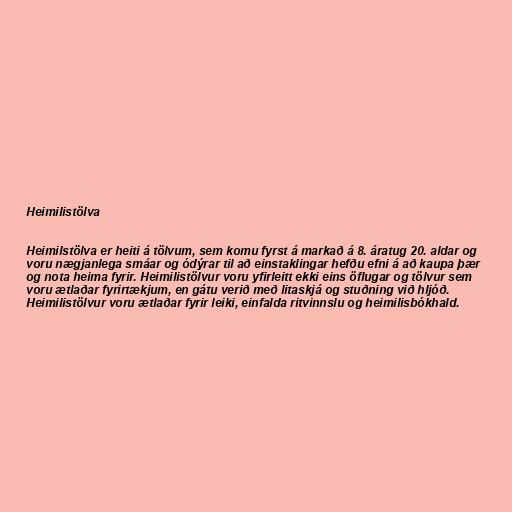
Heimilistölva

Heimilstölva er heiti á tölvum, sem komu fyrst á markað á 8. áratug 20. aldar og
voru nægjanlega smáar og ódýrar til að einstaklingar hefðu efni á að kaupa þær
og nota heima fyrir. Heimilistölvur voru yfirleitt ekki eins öflugar og tölvur sem
voru ætlaðar fyrirtækjum, en gátu verið með litaskjá og stuðning við hljóð.
Heimilistölvur voru ætlaðar fyrir leiki, einfalda ritvinnslu og heimilisbókhald.